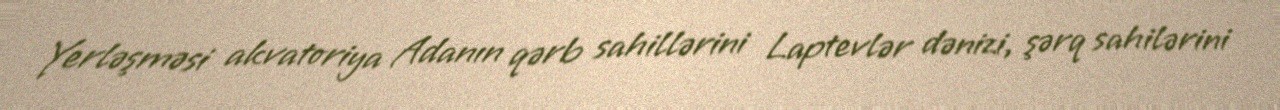
Yerləşməsi akvatoriya Adanın qərb sahillərini Laptevlər dənizi, şərq sahilərini